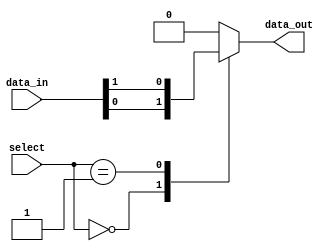
module mux_128to1 (
  input [127:0] data_in,
  input [6:0] select,
  output reg data_out
);

always @(*) begin
  case(select)
    7'b0000000: data_out = data_in[0];
    7'b0000001: data_out = data_in[1];
    // Continue with cases for all 128 inputs
    // ...
    default: data_out = 0; // Default to 0 if select is out of range
  endcase
end

endmodule